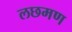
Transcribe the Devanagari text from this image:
लछमण